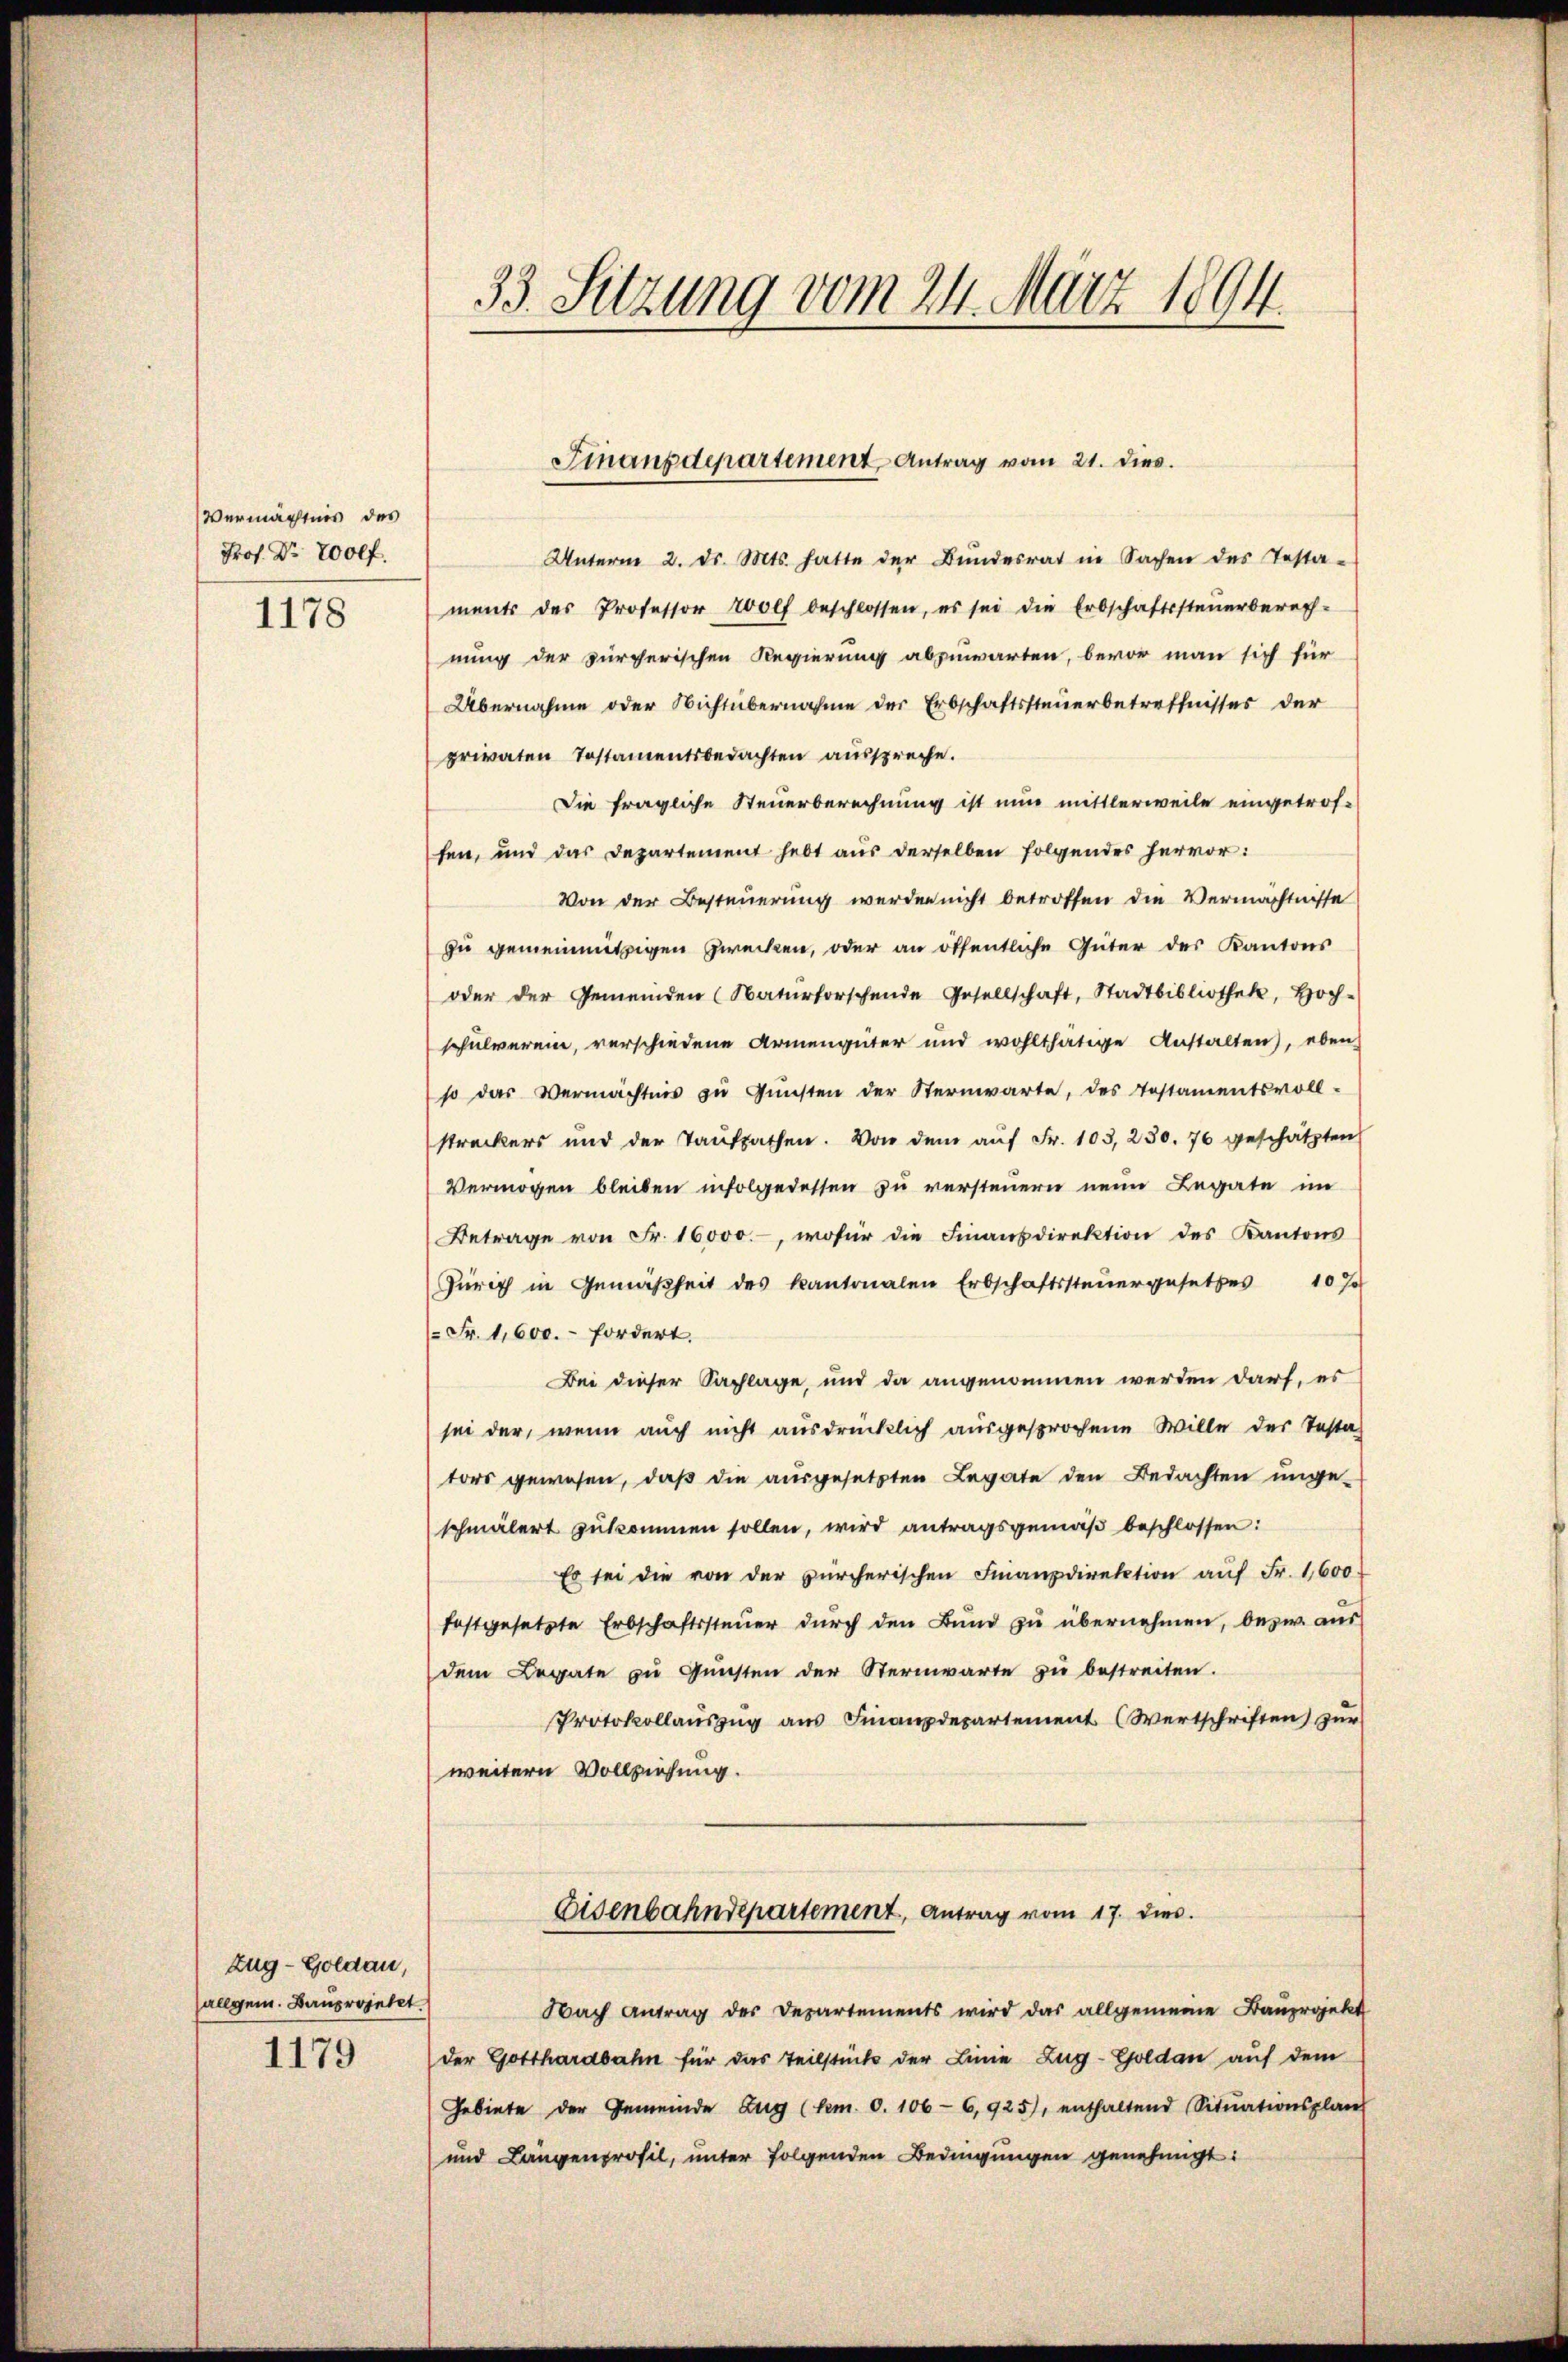
Vermächtnis des
Prof. Dr. 2000f.
1178

Zug–Goldau,
allgem. Bauprojetet.
1179

33. Sitzung vom 24. März 1894.

Unterm 2. ds. Mts. hatte der Bŭndesrat in Sachen des Testa-
ments des Professor Wolf beschlossen, es sei die Erbschaftssteŭerberech-
nung der zürcherischen Regierung abzuwarten, bevor man sich für
Übernahme oder Nichtübernahme der Erbschaftssteuerbetreffnisses der
privaten Testamentsbedachten ausspreche.
Die fragliche Steuerberechnung ist nun mittlerweile eingetrof-
fen, und das Departement hebt aus derselben folgendes hervor:
Von der Besteuerung werden nicht betroffen die Vermächtnisse
zu gemeinnützigen Zwecken, oder an öffentliche Güter des Kantons
oder der Gemeinden (Naturforschende Gesellschaft, Stadtbibliothek, hoch-
schulverein, verschiedene Armengüter und wohlthätige Anstalten), eben
so das Vermächtnis zŭ Gŭnsten der Sternwarte, des Testamentsvoll-
streckers und der Taŭfsachen. Von dem aŭf Fr. 103, 230. 76 geschätzten
Vermögen bleiben infolgedessen zu versteuern neun Legate im
Betrage von Fr. 16000.-, wofür die Finanzdirektion des Kantons
Zürich in Gemäßheit des Kantonalen Erbschaftssteŭergesetzes 10 J
 Fr. 1,600.- fordert.
Bei dieser Sachlage, und da angenommen werden darf, es
sei der, wenn auch nicht ausdrücklich ausgesprochene Wille der Testa-
tors gewesen, daß die ausgesetzten Legate den Bedachten ungeschmälert zŭkommen sollen, wird antragsgemäβ beschlossen:
Es sei die von der zürcherischen Finanzdirektion aŭf Fr. 1,600
festgesetzte Erbschaftssteuer durch den Bund zu übernehmen, bezw. aus
dem Legate zŭ Gŭnsten der Sternwarte zŭ bestreiten.
Protokollaŭszŭg aŭs Finanzdepartement (Wertschriften) zŭr
weitern Vollziehung.
Eisenbahndepartement, Antrag vom 17. dies
Nach Antrag des Departements wird das allgemeine Bauprojekt
der Gotthardbahn für das Teilstück der Linie Zug-Goldau auf dem
Gebiete der Gemeinde Zug (dem. 0. 106-6,925), enthaltend Sitŭationsplan
und Langenprofil, unter folgenden Bedingungen genehmigt:

Finanzdepartement Antrag vom 21. dies.